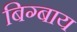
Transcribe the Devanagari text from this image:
बिग्बाय